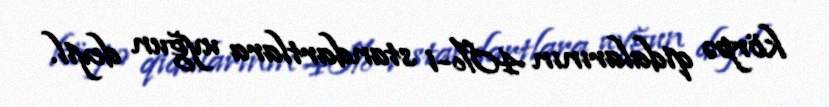
körpə qidalarının 40%-i standartlara uyğun deyil.